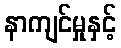
နာကျင်မှုနှင့်